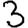
Digit: 3